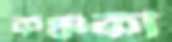
কঞ্চুকী